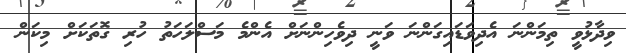
ވިދާޅުވީ ތިމަންނަ އެދިވަޑައިގަންނަ ވަނީ ދިވެހިންނަށް އެންމެ މަސްލަހަތު ހުރި ގޮތަކަށް މިކަން